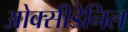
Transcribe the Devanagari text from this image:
ओक्सीडेनिल